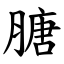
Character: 膅